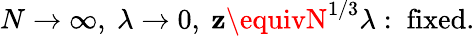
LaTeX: N\rightarrow\infty,\ \lambda\rightarrow0,\ \mathbf{z}\equivN^{1/3}\lambda:\ \mathrm{{fixed}}.